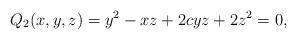
LaTeX: \begin{align*}Q_{2}(x,y,z)=y^{2}-xz+2cyz+2z^{2}=0,\end{align*}